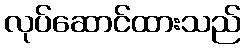
လုပ်ဆောင်ထားသည်